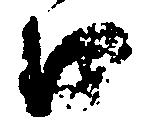
口